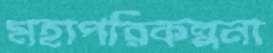
মহাপরিকল্পনা